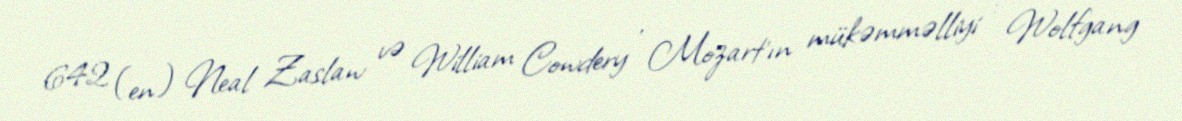
642 (en) Neal Zaslaw və William Cowdery , Mozart'ın mükəmməlliyi : Wolfgang